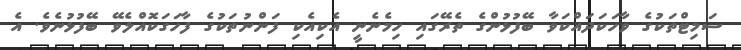
ސަމިޓްތަކުގެ ވާހަކަދައްކަވާ ބޭފުޅުންގެ ތެރޭގައި ހިމެނެނީ އެކިއެކި ފަންނުތަކުގެ ފާހަގަކޮއްލެވޭ ބޭފުޅުނެވެ. އެ